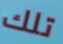
تلك